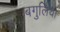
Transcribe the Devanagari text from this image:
बगुलिया